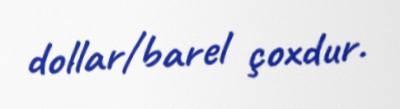
dollar/barel çoxdur.